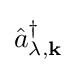
{\hat {a}}_{\lambda ,\mathbf {k} }^{\dagger }